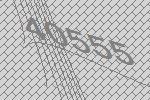
40555